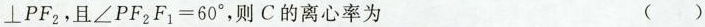
⊥PF_{2}，且$$\angle PF_{2}F_{1}=60^{\circ}$$，则C的离心率为 ()